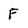
Character: F